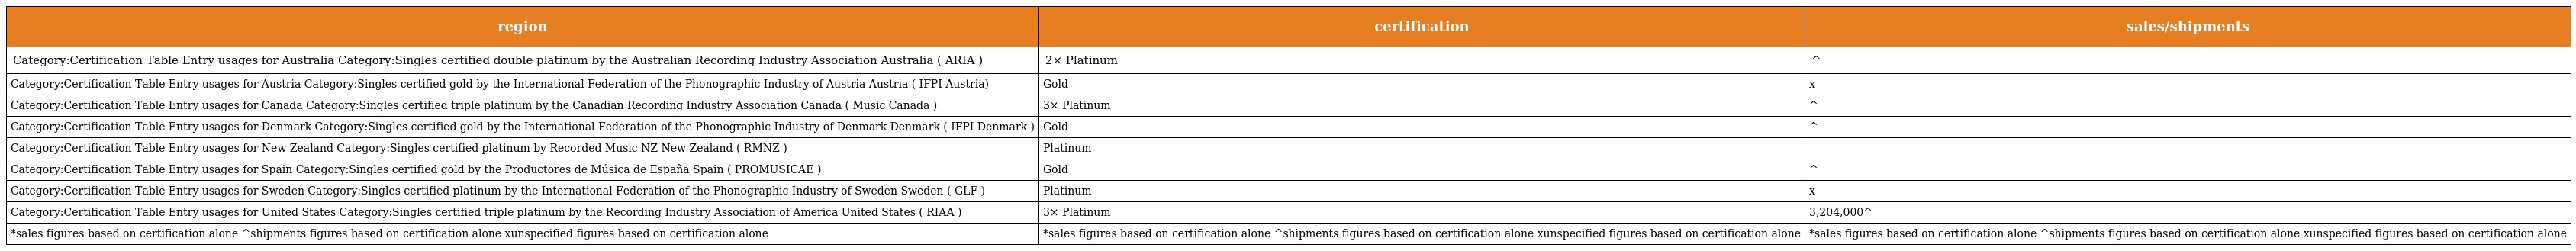
| region | certification | sales/shipments |
 | --- | --- | --- |
 | Category:Certification Table Entry usages for Australia Category:Singles certified double platinum by the Australian Recording Industry Association Australia ( ARIA ) | 2× Platinum | ^ |
 | Category:Certification Table Entry usages for Austria Category:Singles certified gold by the International Federation of the Phonographic Industry of Austria Austria ( IFPI Austria) | Gold | x |
 | Category:Certification Table Entry usages for Canada Category:Singles certified triple platinum by the Canadian Recording Industry Association Canada ( Music Canada ) | 3× Platinum | ^ |
 | Category:Certification Table Entry usages for Denmark Category:Singles certified gold by the International Federation of the Phonographic Industry of Denmark Denmark ( IFPI Denmark ) | Gold | ^ |
 | Category:Certification Table Entry usages for New Zealand Category:Singles certified platinum by Recorded Music NZ New Zealand ( RMNZ ) | Platinum |  |
 | Category:Certification Table Entry usages for Spain Category:Singles certified gold by the Productores de Música de España Spain ( PROMUSICAE ) | Gold | ^ |
 | Category:Certification Table Entry usages for Sweden Category:Singles certified platinum by the International Federation of the Phonographic Industry of Sweden Sweden ( GLF ) | Platinum | x |
 | Category:Certification Table Entry usages for United States Category:Singles certified triple platinum by the Recording Industry Association of America United States ( RIAA ) | 3× Platinum | 3,204,000^ |
 | *sales figures based on certification alone ^shipments figures based on certification alone xunspecified figures based on certification alone | *sales figures based on certification alone ^shipments figures based on certification alone xunspecified figures based on certification alone | *sales figures based on certification alone ^shipments figures based on certification alone xunspecified figures based on certification alone |